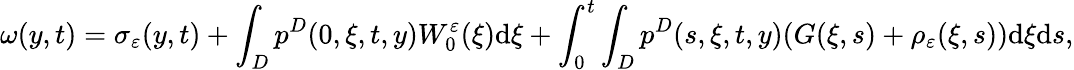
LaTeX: \omega(y,t)=\sigma_{\varepsilon}(y,t)+\int_{D}p^{D}(0,\xi,t,y)W_{0}^{\varepsilon}(\xi)\textrm{d}\xi+\int_{0}^{t}\int_{D}p^{D}(s,\xi,t,y)(G(\xi,s)+\rho_{\varepsilon}(\xi,s))\textrm{d}\xi\textrm{d}s,